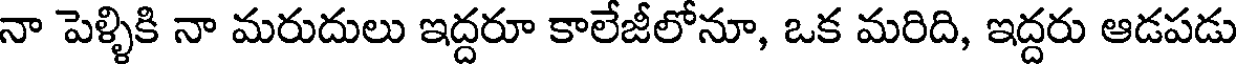
నా పెళ్ళికి నా మరుదులు ఇద్దరూ కాలేజీలోనూ, ఒక మరిది, ఇద్దరు ఆడపడు